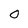
Character: O